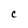
Character: c